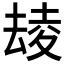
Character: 𡕮